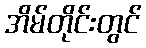
အိမ်တိုင်းတွင်